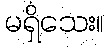
မရှိသေး။